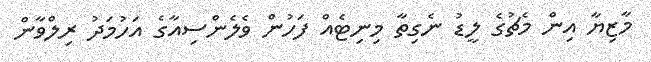
މާޒިޔާ އިން މެޗުގެ ލީޑު ނެގިތާ މިިނިޓެއް ފަހުން ވެލެންސިއާގެ އަހުމަދު ރިލްވާން